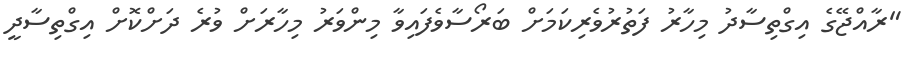
"ރާއްޖޭގެ އިގްތިސާދު މިހާރު ފަތުރުވެރިކަމަށް ބަރޯސާވެފައިވާ މިންވަރު މިހާރަށް ވުރެ ދަށްކޮށް އިގްތިސާދީ